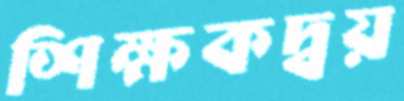
শিক্ষকদ্বয়